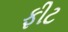
ફીટ